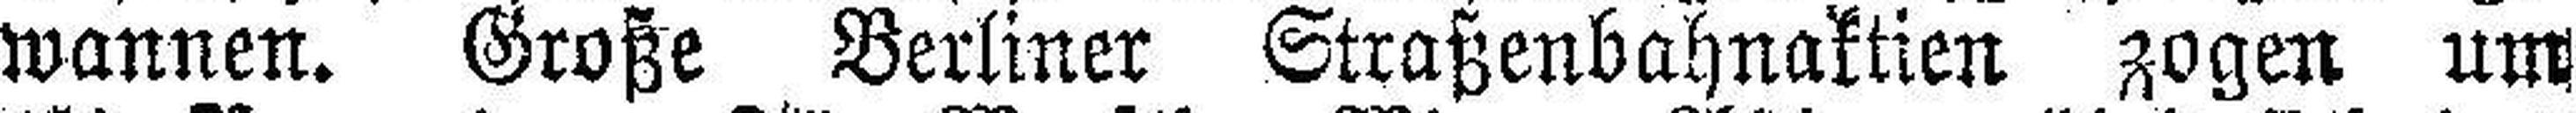
wannen. Große Berliner Straßenbahnaktien zogen um